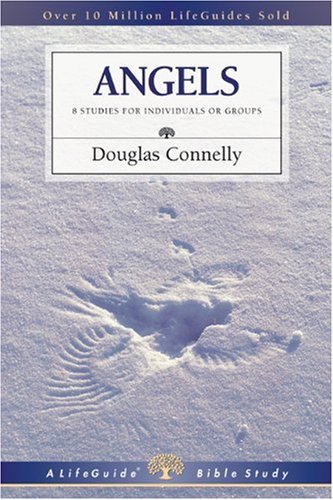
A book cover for Angels: 8 Studies for Individuals or Groups (LifeGuide Bible Studies); Douglas Connelly; Christian Books & Bibles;